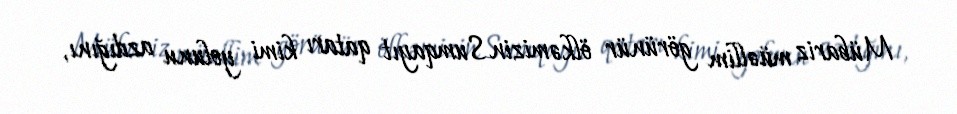
Mübariz müəllim görünür ölkəmizin Sumqayıt qatarı kimi yolunu azdığını,